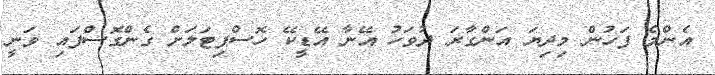
އެންމެ ފަހުން މިދިޔަ އަންގާރަ ދުވަހު އޭނާ އޭޑީކޭ ހޮސްޕިޓަލަށް ގެންގޮސްފައި ވަނީ